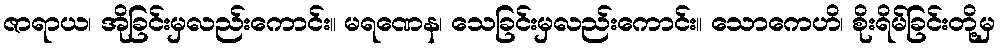
ဇာရာယ၊ အိုခြင်းမှလည်းကောင်း။ မရဏေန၊ သေခြင်းမှလည်းကောင်း။ သောကေဟိ၊ စိုးရိမ်ခြင်းတို့မှ